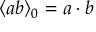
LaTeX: \langle a b \rangle _ { 0 } = a \cdot b